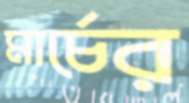
মার্চের